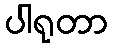
ပါရုတာ